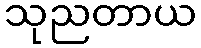
သုညတာယ